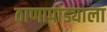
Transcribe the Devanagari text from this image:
ठाणापाड्याला